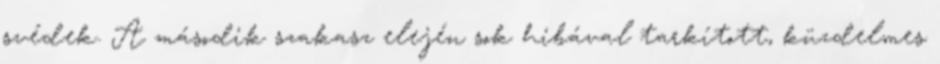
svédek. A második szakasz elején sok hibával tarkított, küzdelmes